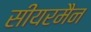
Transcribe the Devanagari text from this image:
सीयरमैन